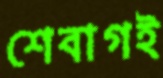
শেবাগই